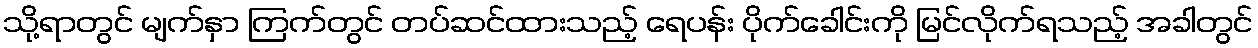
သို့ရာတွင် မျက်နှာ ကြက်တွင် တပ်ဆင်ထားသည့် ရေပန်း ပိုက်ခေါင်းကို မြင်လိုက်ရသည့် အခါတွင်